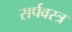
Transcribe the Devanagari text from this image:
सर्पवस्त्र